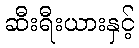
ဆီးရီးယားနှင့်